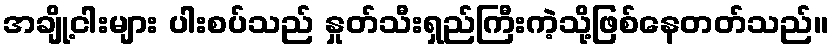
အချို့ငါးများ ပါးစပ်သည် နှုတ်သီးရှည်ကြီးကဲ့သို့ဖြစ်နေတတ်သည်။